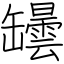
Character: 罎